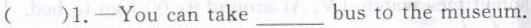
()1.-You can take___bus to the museum.